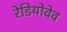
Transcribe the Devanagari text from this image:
रेडियोवेव